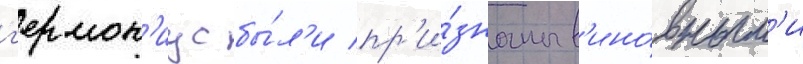
г'ермон'иус бы́л'и пр'и́знаны в'ино́вным'и